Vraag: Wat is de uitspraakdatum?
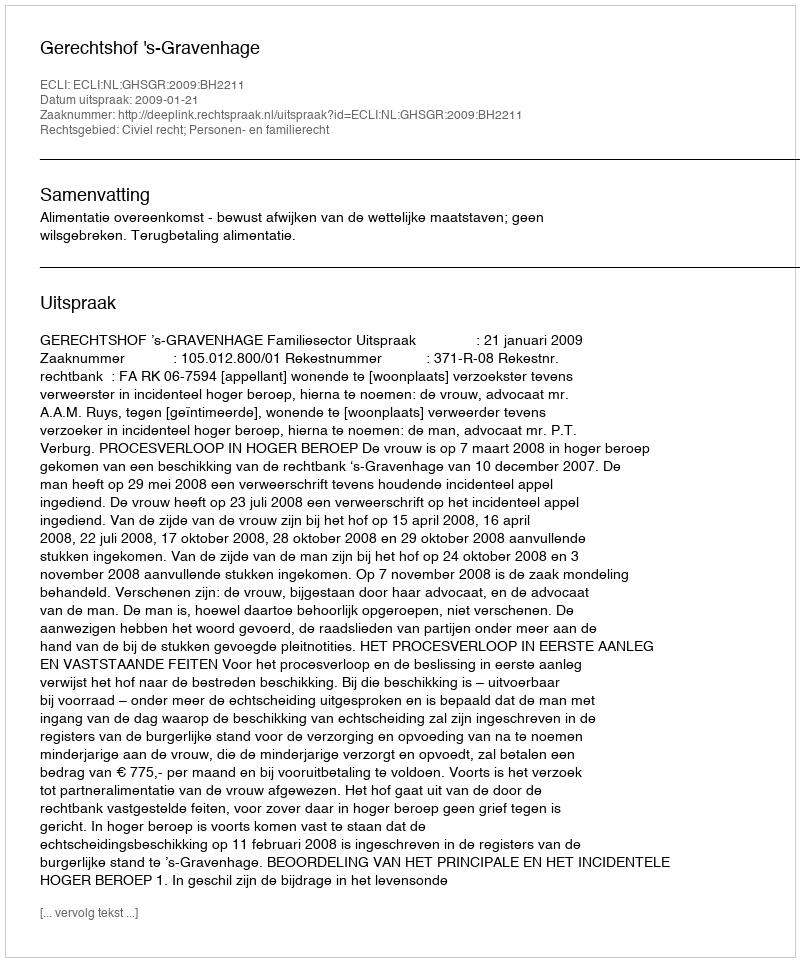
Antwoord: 2009-01-21